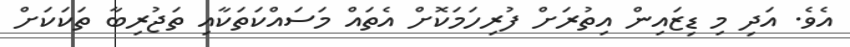
އެވެ. އަދި މި ޑިޒައިން އިތުރަށް ފުރިހަމަކޮށް އެތައް މަސައްކަތަކާއި ތަޖުރިބާ ތަކަކަށް